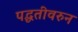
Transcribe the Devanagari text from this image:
पद्घतीवरुन